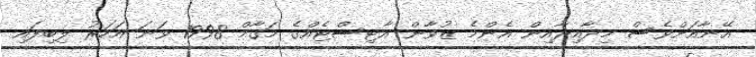
އޭނާއަށްވެސް މިދާއިރާއިން އެންމެ ޒުވާން އާޓިސްޓެއްގެ މަގާމް 1998 ވަނަ އަހަރު ލިބިފައި